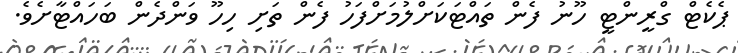
ޕެކެޓް ގްރީންޓީ ހޫނު ފެން ތައްޓަކަށްލުމަށްފަހު ފެން ތަށި ހިހޫ ވަންދެން ބަހައްޓާށެވެ.